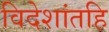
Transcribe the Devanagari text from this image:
विदेशांतहि